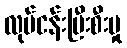
လုပ်ငန်းပြီးစီးမှု